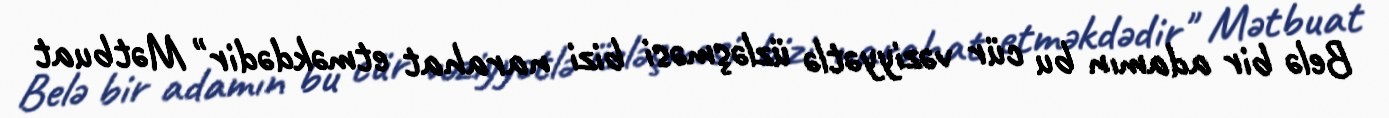
Belə bir adamın bu cür vəziyyətlə üzləşməsi bizi narahat etməkdədir" Mətbuat